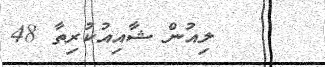
ލިއުން ޝާއިއުކުރިތާ 48